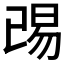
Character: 𬀺